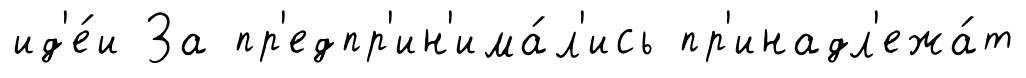
ид'е́и За пр'едпр'ин'има́л'ись пр'инадл'ежа́т